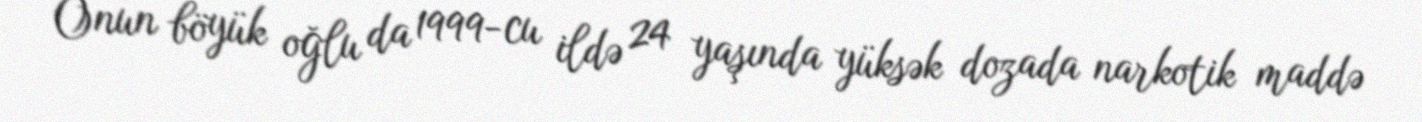
Onun böyük oğlu da 1999-cu ildə 24 yaşında yüksək dozada narkotik maddə